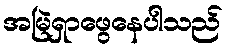
အမြဲရှာဖွေနေပါသည်